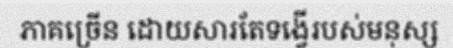
ភាគច្រើន ដោយសារតែទង្វើរបស់មនុស្ស